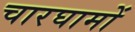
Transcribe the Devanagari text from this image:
चारघामों